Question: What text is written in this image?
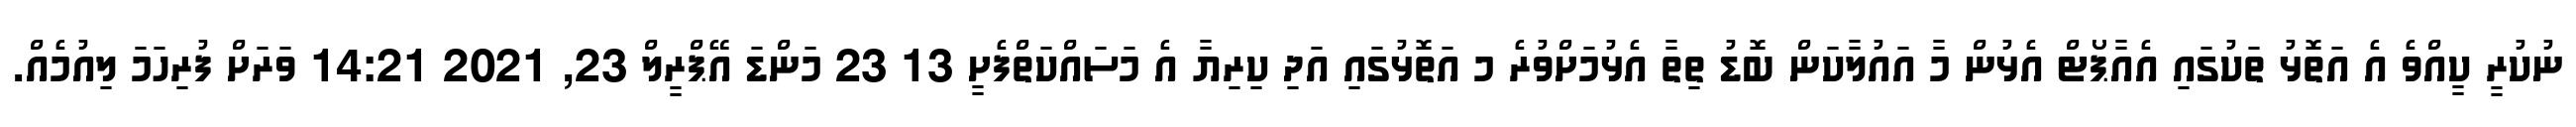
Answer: ނުކުރީ ކީއްވެ އެ އަތޮޅު ތަކުގައި އެއާޕޯޓް އެޅުން މާ އައުލާކަން ބޮޑު ތިތާ އެޅުމަށްވުރެ މ އަތޮޅުގައި އަދި ކިރިޔާ އެ މަސައްކަތްފެށީ 13 23 މަންޑަ އޭޕްރީލް 23, 2021 14:21 ވަރަށް ފުރިހަމަ ލިއުމެއް.